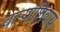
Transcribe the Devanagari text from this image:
वाऱ्याशिवाय